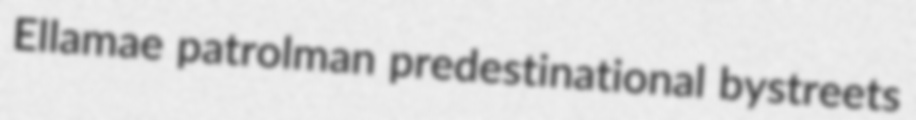
Ellamae patrolman predestinational bystreets